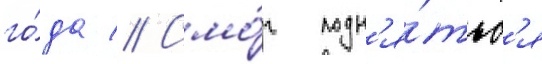
го́да // Смо́г подн'я́тьс'я